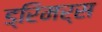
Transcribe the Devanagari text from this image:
ड्रिमर्स